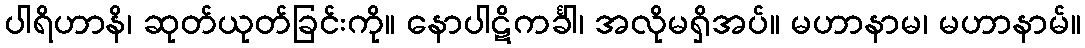
ပါရိဟာနိ၊ ဆုတ်ယုတ်ခြင်းကို။ နောပါဋိကင်္ခါ၊ အလိုမရှိအပ်။ မဟာနာမ၊ မဟာနာမ်။